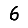
Digit: 6